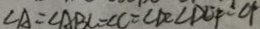
\angle A = \angle A B C = \angle C = \angle D C \angle D C F = C F